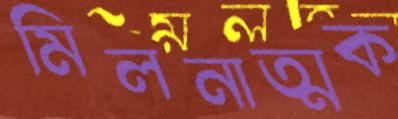
মিলনাত্মক